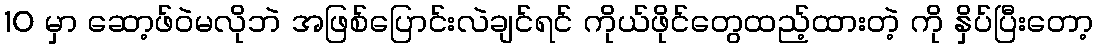
10 မှာ ဆော့ဖ်ဝဲမလိုဘဲ အဖြစ်ပြောင်းလဲချင်ရင် ကိုယ်ဖိုင်တွေထည့်ထားတဲ့ ကို နှိပ်ပြီးတော့